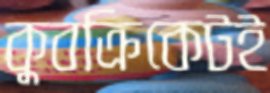
কুবক্রিকেটই